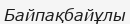
Байпақбайұлы